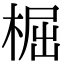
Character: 㭾